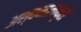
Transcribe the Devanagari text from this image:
अश्वनालाकृती